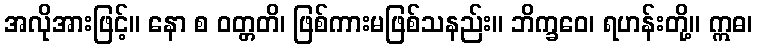
အလိုအားဖြင့်။ နော စ ဝတ္တတိ၊ ဖြစ်ကားမဖြစ်သနည်း။ ဘိက္ခဝေ၊ ရဟန်းတို့။ ဣဓ၊